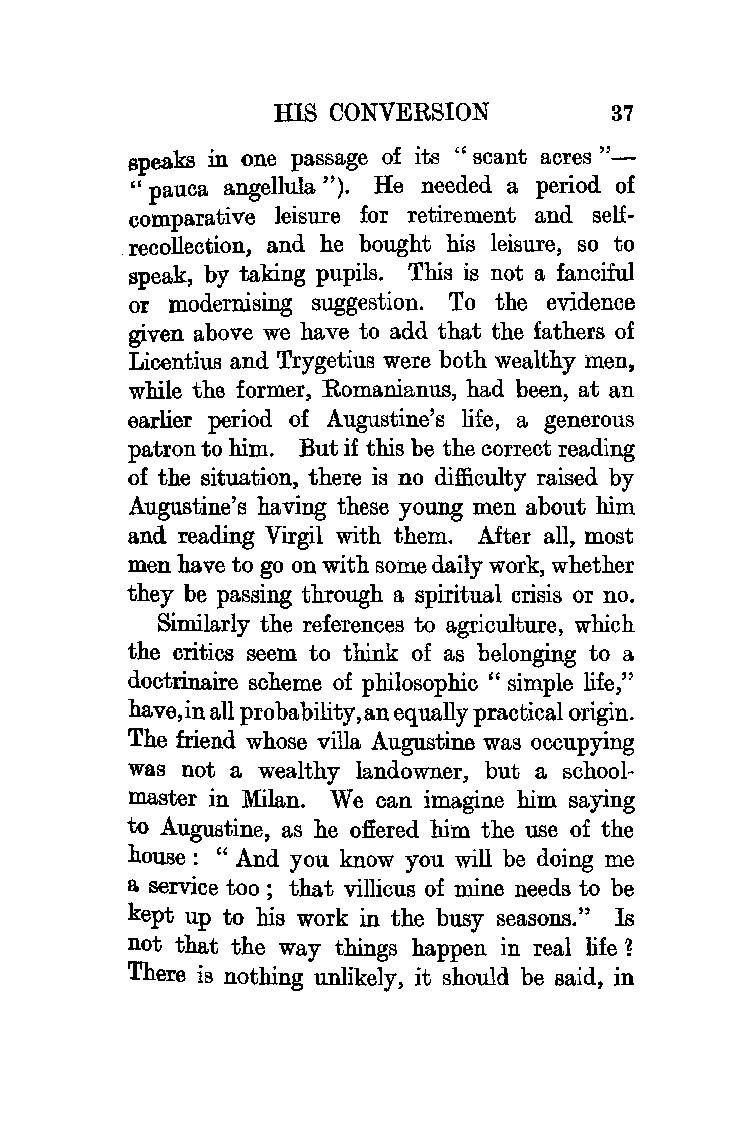
HIS CONVERSION        37
 speaks in one passage of its " scant acres " -
 'l
 " pauca angellula He needed a period of
 comparative leisure for retirement and self
 recollection, and he bought his leisure, so to
 speak, by taking pupils. This is not a fanciful
 or modernising suggestion. To the evidence
 given above we have to add that the fathers of
 Licentius and Trygetius were both wealthy men,
 while the former, Romanianus, had been, at an
 earlier period of Augustine's life, a generous
 patron to him. But if this be the correct reading
 of the situation, there is no difficulty raised by
 Augustine's having these young men about him
 and reading Virgil with them. After all, most
 men have to go on with some daily work, whether
 they be passing through a spiritual crisis or no.
 Similarly the references to agriculture, which
 the critics seem to think of as belonging to a
 doctrinaire scheme of philosophic " simple life,"
 have,in all probability,an equally practical origin.
 The friend whose villa Augustine was occupying
 was not a wealthy landowner, but a school
 master in Milan. We can imagine him saying
 to Augustine, as he offered him the use of the
 house : " And you know you will be doing me
 a service too; that villicus of mine needs to be
 kept up to his work in the busy seasons." Is
 not that the way things happen in real life 1
 There is nothing unlikely, it should be said, in